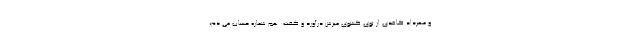
و مهرداد کاغذی از توی کشوی میزش درآورد و گفت: هم شماره حساب می دم،